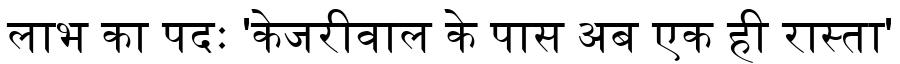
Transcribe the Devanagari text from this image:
लाभ का पदः 'केजरीवाल के पास अब एक ही रास्ता'